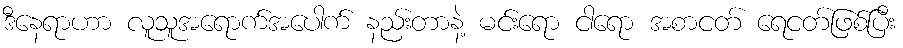
ဒီနေရာဟာ လူသူအရောက်အပေါက် နည်းတာနဲ့ မင်းရော ငါရော အစာငတ် ရေငတ်ဖြစ်ပြီး